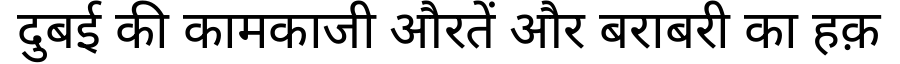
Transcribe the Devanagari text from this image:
दुबई की कामकाजी औरतें और बराबरी का हक़